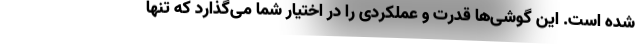
شده است. این گوشی‌ها قدرت و عملکردی را در اختیار شما می‌گذارد که تنها